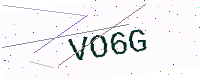
Text: VO6G